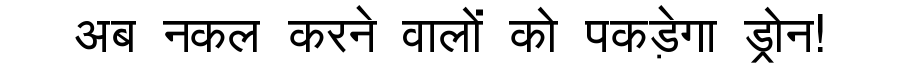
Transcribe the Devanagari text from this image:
अब नकल करने वालों को पकड़ेगा ड्रोन!